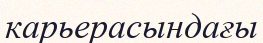
карьерасындағы